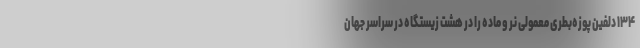
۱۳۴ دلفین پوزه‌بطری معمولی نر و ماده را در هشت زیستگاه در سراسر جهان